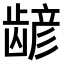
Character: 𫜮